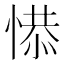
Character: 𢞺